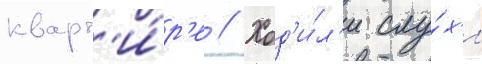
кварт'и́р'е // Ход'и́л'и слу́х'и